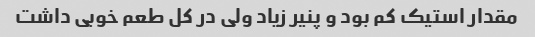
مقدار استیک کم بود و پنیر زیاد ولی در کل طعم خوبی داشت